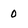
Character: 0